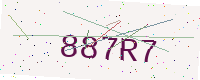
Text: 887R7